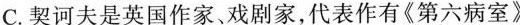
C.契诃夫是英国作家、戏剧家，代表作有《第六病室》